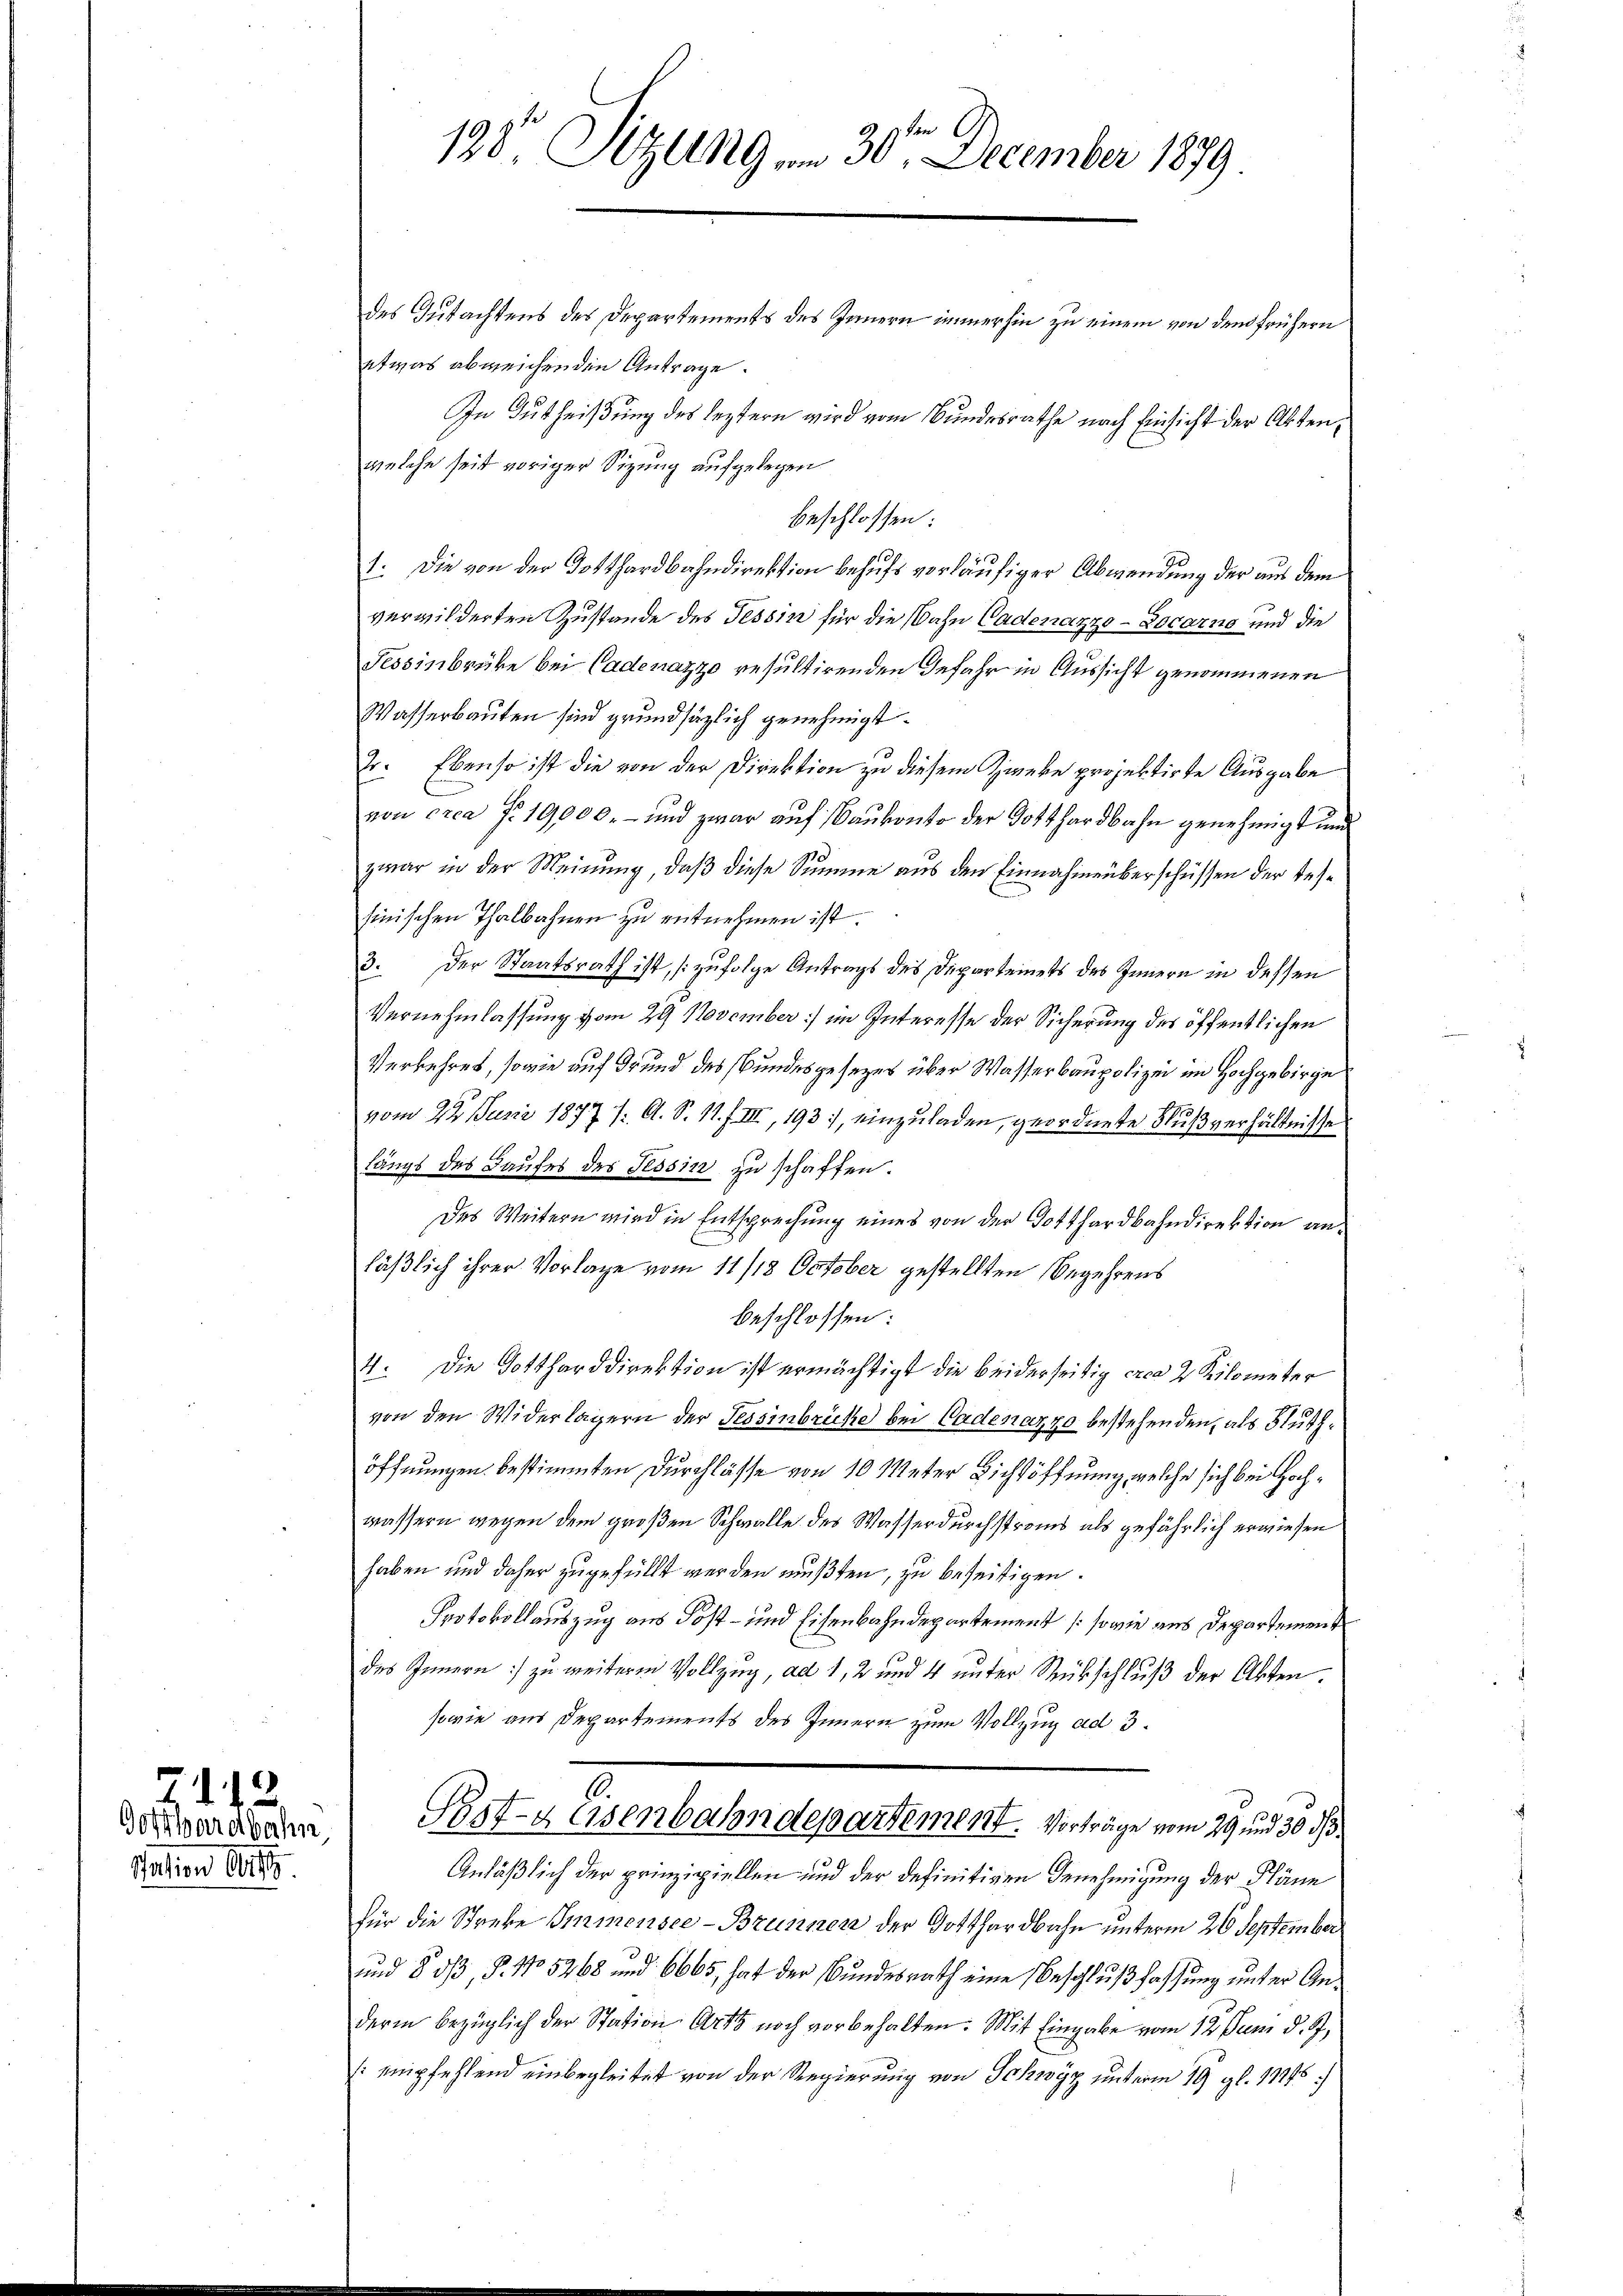
711
Gotthardbahn

Nation 601.

198. Sizung . . 30ten December 1879

des Gutachtens des Departements des Innern immerhin zu einem von den frühern
etwas abweichenden Antrage.
welche seit voriger Sizung aufgelegen
beschlossen:
1. Die von der Totthardbahndirektion behufs vorläufiger Abwendung der aus dem
verwilderten Zustande des Tessin für die Bahn Cadenazzo-Locarno und die
Tessinbrücke bei Cadenazzo resultirenden Gefahr in Aussicht genommenen
Wasserbauten sind grundsätzlich genehmigt.
Jr. Ebenso ist die von der Direktion zu diesem Zweke projektirte Ausgabe
von crea Fr. 19,000.- und zwar auf Baukonto der Gotthardbahn genehmigt und
zwar in der Meinung, daß diese Summe aus den Einnahmeberschüssen der Reshinischen Thalbahnen zu entnehmen ist.
3. Der Staatsrath ist, (zufolge Antrags des Departeinets des Innern in dessen
Vernehmlassung vom 29. November) im Interesse der Sicherung des öffentlichen
Verkehres, sowie auf dr und des Bundesgesezes über Wasserbaupolizei im Hochgebirge
vom 22. Juni 1877 /: A. S. 11. f. III, 193, einzuladen, geordnete Flußverhältnisse
längs des Laufes des Tessin zu schaffen.
des Weitern wird in Entsprechŭng eines von der Gotthardbahndirektion an-
läßlich ihrer Vorlage vom 11/18 October gestellten Begehrens
beschlossen:
4. Die Gottharddirektion ist ermächtigt die beiderseitig erca 2 Kilometer
von den Widerlagern der Tessinbrüste bei Badenar 70 bestehenden, als Stutzöffnungen bestimmten Durchlasse von 10 Meter Lichtöffnung, welche sich bei Hochwässern wegen dem großen Schwalle des Wasserdurchstreins als gefährlich erwiesen
haben und daher zugefüllt werden mußten, zu beseitigen.
Protokollauszug aus Post- und Eisenbahndepartement (sowie aus Departement
des Innern :/ zu weiterm Vollzug, ad 1, 2 und 4 unter Rückschluß der Akten.
sowie aus Departements des Innern zum Vollzug ad 3.
Past- & Eisenbahndepartement. Vorträge vom 29 und 30 d
Anläßlich der prinzipiellen und der definitiven Genehmigung der Pläne
für die Streke Immensee-Brunnen der Gotthardbahn unterm 26 September
und 8 dß, P. No 5268 und 6665, hat der Bundesrath eine Beschlußfassung unter Anderin bezüglich der Station Art noch vorbehalten. Mit Eingabe vom 12. Juni d. J.
(:empfehlend einbegleitet von der Regierung von Schwyz unterm 19. gl. 11145)

In Gutheilung des leztern wird vom Bundesrathe nach Einsicht der Akten¬